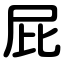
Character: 屁